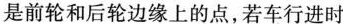
是前轮和后轮边缘上的点，若车行进时